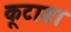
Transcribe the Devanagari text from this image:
कूटाडा